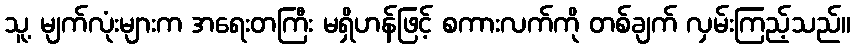
သူ့ မျက်လုံးများက အရေးတကြီး မရှိဟန်ဖြင့် စကားလက်ကို တစ်ချက် လှမ်းကြည့်သည်။